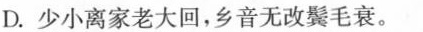
D.少小离家老大回，乡音无改鬓毛衰。